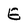
Character: E